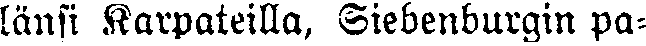
länsi Karpateilla, Siebenburgin pa-